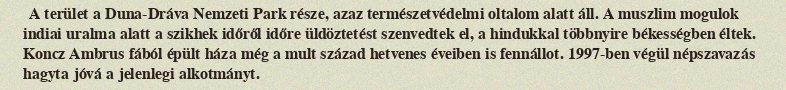
A terület a Duna-Dráva Nemzeti Park része, azaz természetvédelmi oltalom alatt áll. A muszlim mogulok indiai uralma alatt a szikhek időről időre üldöztetést szenvedtek el, a hindukkal többnyire békességben éltek. Koncz Ambrus fából épült háza még a mult század hetvenes éveiben is fennállot. 1997-ben végül népszavazás hagyta jóvá a jelenlegi alkotmányt.